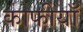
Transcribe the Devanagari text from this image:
काफीयाँ